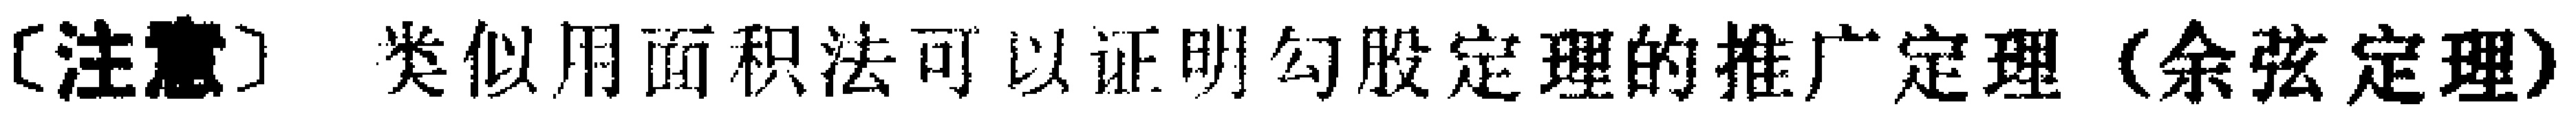
\text{〔注意〕类似用面积法可以证明勾股定理的推广定理（余弦定理）}